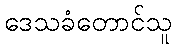
ဒေသခံတောင်သူ